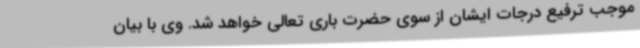
موجب ترفیع درجات ایشان از سوی حضرت باری‌ تعالی خواهد شد. وی با بیان